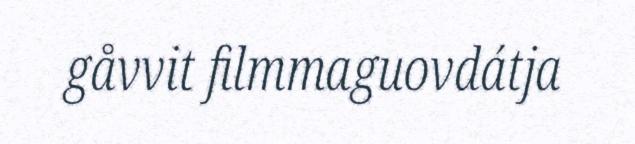
gåvvit filmmaguovdátja